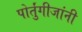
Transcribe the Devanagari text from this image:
पोर्तुंगीजांनी